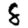
Digit: 8